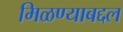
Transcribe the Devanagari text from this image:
मिळण्याबद्दल